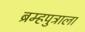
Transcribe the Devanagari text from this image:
ब्रम्हपुत्राला